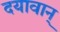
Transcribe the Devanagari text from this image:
दयावान्